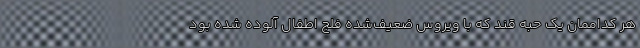
هر کداممان یک حبه قند که با ویروسِ ضعیف‌شده فلج اطفال آلوده شده بود